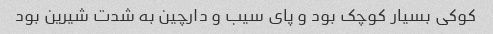
کوکی بسیار کوچک بود و پای سیب و دارچین به شدت شیرین بود